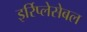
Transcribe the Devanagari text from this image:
इर्रिप्लेसेबल